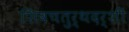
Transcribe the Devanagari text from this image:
शिवचतुर्थदर्शी